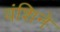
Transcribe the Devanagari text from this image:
वंशिने